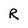
Character: R